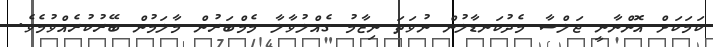
ކަމަކަށް އޮންނާނީ ޖަލްސާ މެދުކަނޑާލުން ނުވަތަ ނިޒާމު ގެއްލުވާލާ މެމްބަރުން މާލަމުން ބޭރުކުރެއްވުމެވެ.